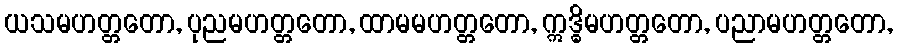
ယသမဟတ္တတော, ပုညမဟတ္တတော, ထာမမဟတ္တတော, ဣဒ္ဓိမဟတ္တတော, ပညာမဟတ္တတော,